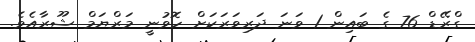
ގްރޭޑް 76 ގެ ބައިން 1 ވަނަ ދަރިވަރަކަށް ހޮވުނީ މަރްޔަމް ޝޫރާއެވެ.